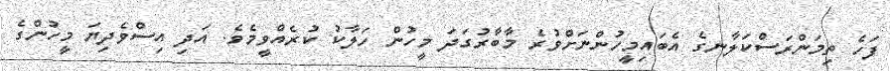
ފަހެ ތިމަންރަސްކަލާނގެ އެބައިމީހުންނަށްވުރެ މާބާރުގަދަ މީހުން ހަލާކު ކުރެއްވީމެވެ. އަދި އިސްވެދިޔަ މީހުންގެ